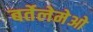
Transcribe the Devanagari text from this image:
बर्तेलेमेओ